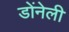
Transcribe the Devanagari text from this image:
डोंनेली